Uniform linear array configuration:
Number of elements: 24
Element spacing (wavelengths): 0.25
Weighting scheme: kaiser
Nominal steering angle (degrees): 15
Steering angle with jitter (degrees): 14.974
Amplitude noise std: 0.05
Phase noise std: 0.05

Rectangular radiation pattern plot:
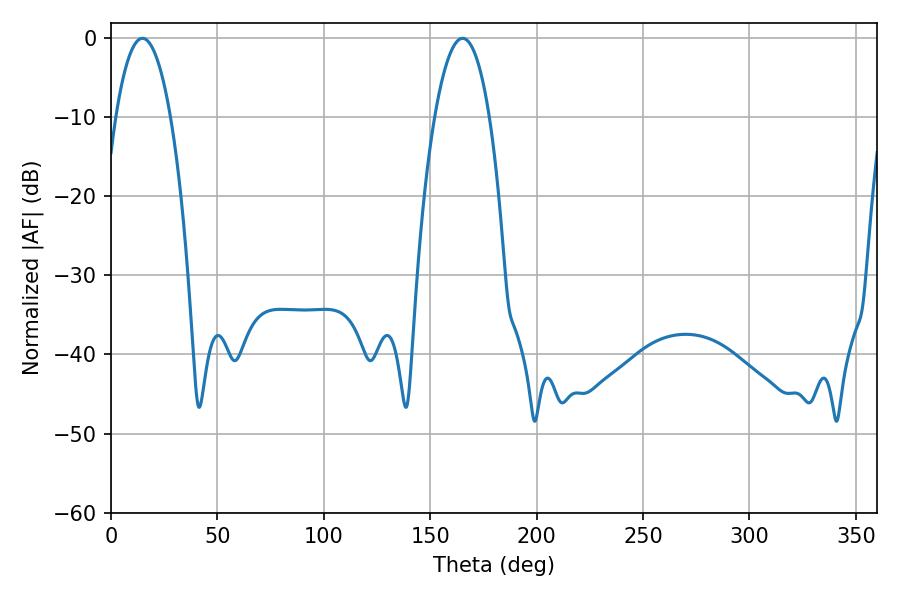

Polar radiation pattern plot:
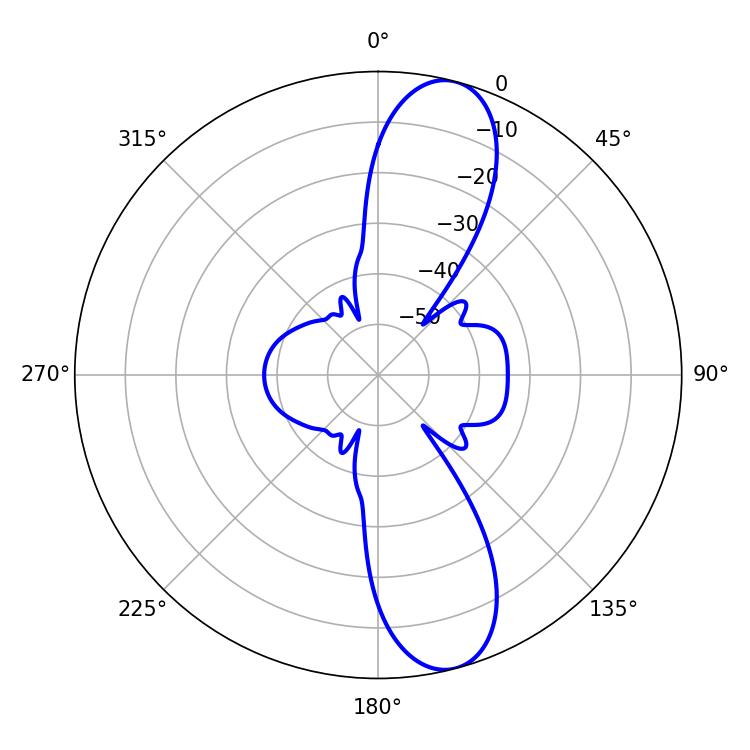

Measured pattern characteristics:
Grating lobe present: FALSE
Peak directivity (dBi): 11.657
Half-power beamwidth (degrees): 14.22
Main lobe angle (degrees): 14.76